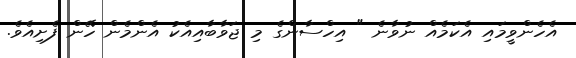
އެހެންވީމައި އެކަމެއް ނުވާނެ " އިހްސާންގެ މި ޖަވާބާއިއެކު އެންމެން ހޭން ފެށިއެވެ.